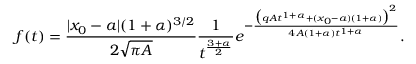
f ( t ) = \frac { | x _ { 0 } - a | ( 1 + \alpha ) ^ { 3 / 2 } } { 2 \sqrt { \pi A } } \frac { 1 } { t ^ { \frac { 3 + \alpha } { 2 } } } e ^ { - \frac { \big ( q A t ^ { 1 + \alpha } + ( x _ { 0 } - a ) ( 1 + \alpha ) \big ) ^ { 2 } } { 4 A ( 1 + \alpha ) t ^ { 1 + \alpha } } } .